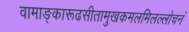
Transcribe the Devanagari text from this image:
वामाङ्कारूढसीतामुखकमलमिलल्लोचनं